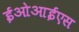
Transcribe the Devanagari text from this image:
ईओआईएस